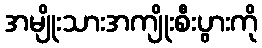
အမျိုးသားအကျိုးစီးပွားကို